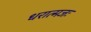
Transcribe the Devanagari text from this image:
धरात्मजः